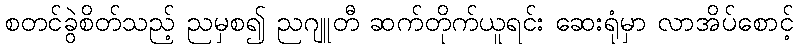
စတင်ခွဲစိတ်သည့် ညမှစ၍ ညဂျူတီ ဆက်တိုက်ယူရင်း ဆေးရုံမှာ လာအိပ်စောင့်